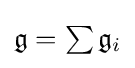
{\mathfrak {g}}=\textstyle {\sum {\mathfrak {g}}_{i}}